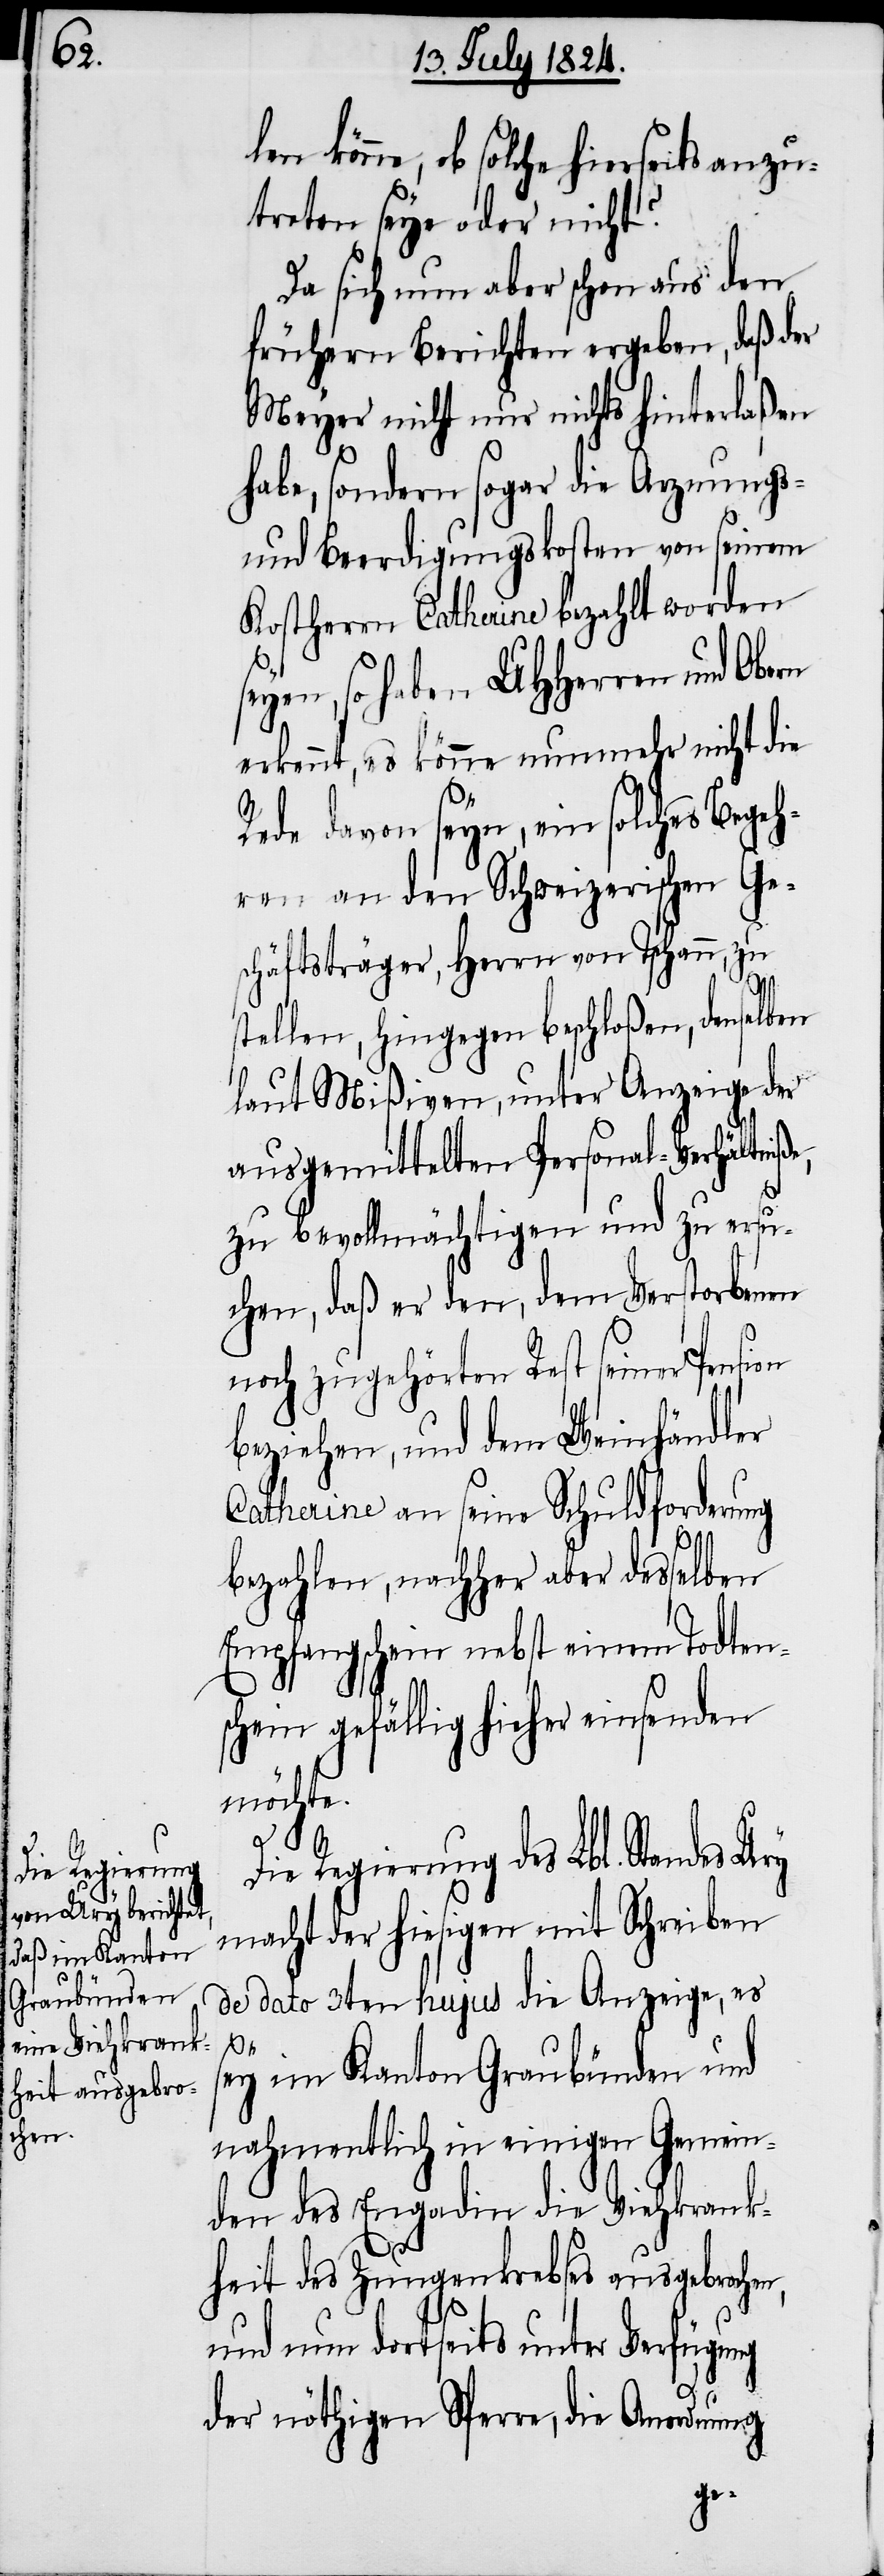
chen,

len könne, ob solche hierseits anzu¬
treten seye oder nicht?
Da sich nun aber schon aus den
frühern Berichten ergeben, daß der
Meyer nicht nur nichts hinterlaßen
habe, sondern sogar die Arznungs-
und Beerdigungskosten von seinem
Kostherrn Catherine bezahlt worden
eyen, so haben UHHerren und Obern
erkennt, es könne nunmehr nicht die
Rede davon seyn, ein solches Bege¬
hren an den Schweizerischen Ge¬
schäftsträger, Herrn von Tschann, zu
sion
stellen, hingegen beschloßen, denselben
laut Mißiven, unter Anzeige der
ausgemittelten Personal-Verhältni¬
zu bevollmächtigen und zu ersu¬
chen, daß er den, dem Verstorbenen
noch zugehörten Rest seiner Pen¬
beziehen, und dem Weinhändler
Catherina an seine Schuldforderung
bezahlen, nachher aber desselben
Empfangsschein nebst einem Todtens¬
chein gefällig hieher einsenden
möchte.
Die Regierung des Lbl. Standes Ury
macht der hiesigen mit Schreiben
de dato 3ten hujus die Anzeigen, es
s¬
ey im Kanton Graubünden und
nahmentlich in einigen Gemein¬
den das Engadin die Viehkrank¬
heit des Zungenkrebses ausgebro¬
und nun dortseits unter Verfügu¬
ng
der nöthigen Sperre, die Anordnung